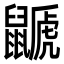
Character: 鼶